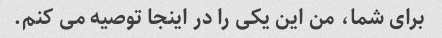
برای شما، من این یکی را در اینجا توصیه می کنم.